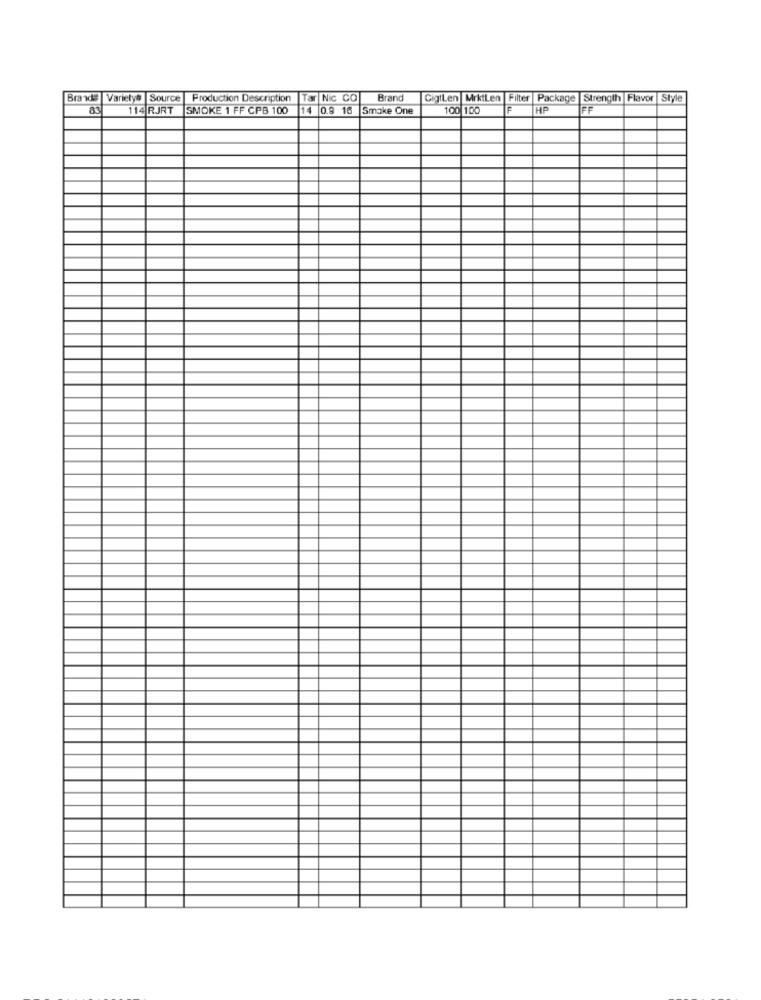
Brands
Varietyb
Source
Production Description
ar Nic CO
Brand
CigiLen MrktLen Filter
Package |Strength Flavor
Style
114 RJRT
SMOKE 1 FF CPB 100
0.9 16
Smoke One
100 100
HP
FF